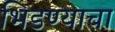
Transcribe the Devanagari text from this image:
भिडण्याचा